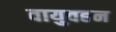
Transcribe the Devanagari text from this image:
वायुवहन